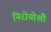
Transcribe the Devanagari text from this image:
निरोयोशी